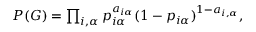
\begin{array} { r } { P ( G ) = \prod _ { i , \alpha } p _ { i \alpha } ^ { a _ { i \alpha } } ( 1 - p _ { i \alpha } ) ^ { 1 - a _ { i , \alpha } } , } \end{array}